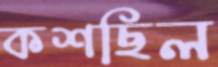
কশছিল